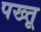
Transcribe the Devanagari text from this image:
पख्तू